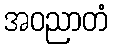
အဝညာတံ